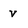
Character: v